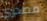
مصدري